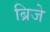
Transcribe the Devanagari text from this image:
ब्रिजे